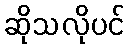
ဆိုသလိုပင်